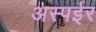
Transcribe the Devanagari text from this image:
अस्पईर